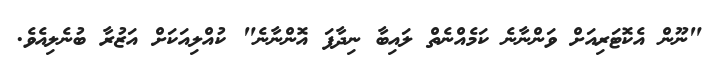
"ނޫން އެކޮޓަރިއަށް ވަންނާނެ ކަމެއްނެތް ލައިބާ ނިދާފަ އޮންނާނެ" ކުއްލިއަކަށް އަޒުރާ ބުނެލިއެވެ.